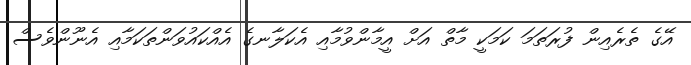
އޭގެ ތެރެއިން ފުރަތަމަ ކަމަކީ މާތް އަށް އީމާންވުމާއި އެކަލާނގެ އެއްކައުވަންތަކަމާއި އެނޫންވެސް